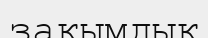
зақымдық